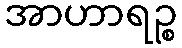
အာဟာရဉ္စ